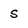
Character: s